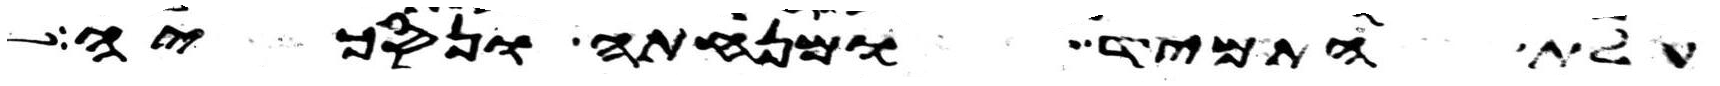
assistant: עלת התמיד ומנחתה ונסכיה